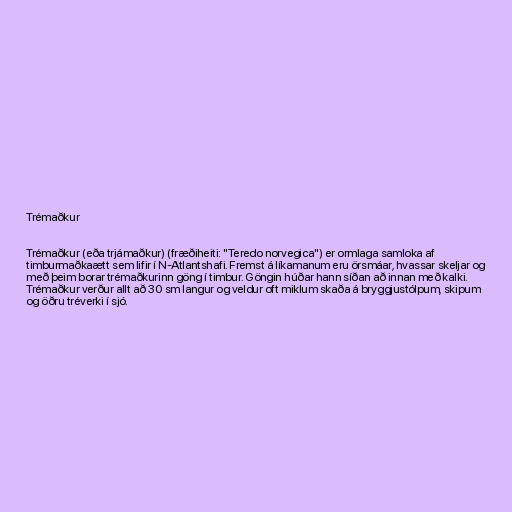
Trémaðkur

Trémaðkur (eða trjámaðkur) (fræðiheiti: "Teredo norvegica") er ormlaga samloka af
timburmaðkaætt sem lifir í N-Atlantshafi. Fremst á líkamanum eru örsmáar, hvassar skeljar og
með þeim borar trémaðkurinn göng í timbur. Göngin húðar hann síðan að innan með kalki.
Trémaðkur verður allt að 30 sm langur og veldur oft miklum skaða á bryggjustólpum, skipum
og öðru tréverki í sjó.